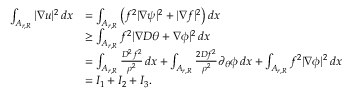
\begin{array} { r l } { \int _ { A _ { r , R } } | \nabla u | ^ { 2 } \, d x } & { = \int _ { A _ { r , R } } \left( f ^ { 2 } | \nabla \psi | ^ { 2 } + | \nabla f | ^ { 2 } \right) d x } \\ & { \geq \int _ { A _ { r , R } } f ^ { 2 } | \nabla D \theta + \nabla \phi | ^ { 2 } \, d x } \\ & { = \int _ { A _ { r , R } } \frac { D ^ { 2 } f ^ { 2 } } { \rho ^ { 2 } } \, d x + \int _ { A _ { r , R } } \frac { 2 D f ^ { 2 } } { \rho ^ { 2 } } \partial _ { \theta } \phi \, d x + \int _ { A _ { r , R } } f ^ { 2 } | \nabla \phi | ^ { 2 } \, d x } \\ & { = I _ { 1 } + I _ { 2 } + I _ { 3 } . } \end{array}